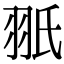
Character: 𦐊